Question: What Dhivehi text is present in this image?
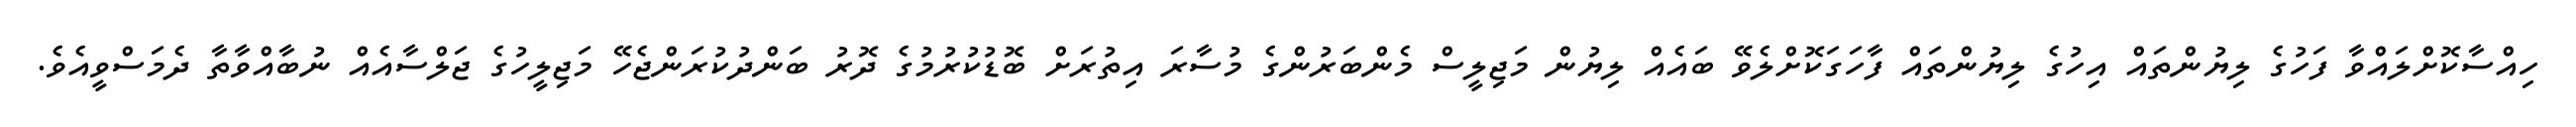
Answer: ހިއްސާކޮށްލައްވާ ފަހުގެ ލިޔުންތައް އިހުގެ ލިޔުންތައް ފާހަގަކޮށްލެވޭ ބައެއް ލިޔުން މަޖިލީސް މެންބަރުންގެ މުސާރަ އިތުރަށް ބޮޑުކުރުމުގެ ދޮރު ބަންދުކުރަންޖެހޭ މަޖިލީހުގެ ޖަލްސާއެއް ނުބާއްވާތާ ދެމަސްވީއެވެ.